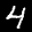
Label: 4